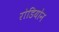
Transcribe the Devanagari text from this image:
रोडियोन